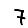
Digit: 7